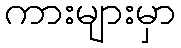
ကားများမှာ